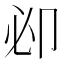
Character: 𠨘